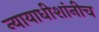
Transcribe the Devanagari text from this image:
न्यायाधीशांनीच